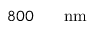
8 0 0 \ensuremath { \mathrm { ~ \textrm ~ { ~ \, ~ } ~ } } \ensuremath { \mathrm { n m } }